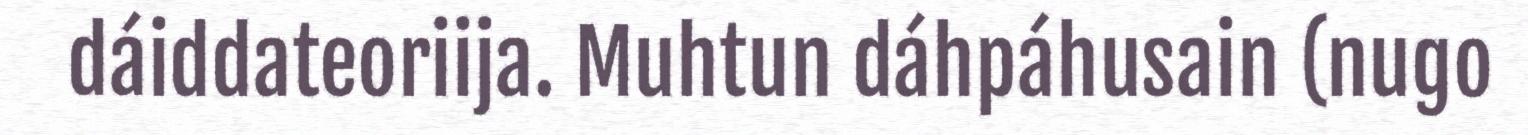
dáiddateoriija. Muhtun dáhpáhusain (nugo